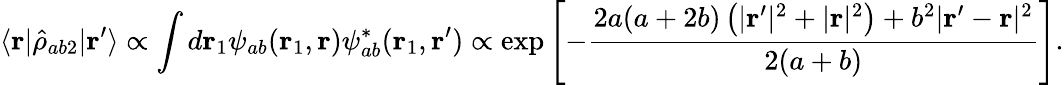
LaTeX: \langle\mathbf{r}|\hat{\rho}_{ab2}|\mathbf{r}^{\prime}\rangle\propto\int d\mathbf{r}_{1}\psi_{ab}(\mathbf{r}_{1},\mathbf{r})\psi_{ab}^{*}(\mathbf{r}_{1},\mathbf{r}^{\prime})\propto\exp\left[-\frac{2a(a+2b)\left(|\mathbf{r}^{\prime}|^{2}+|\mathbf{r}|^{2}\right)+b^{2}|\mathbf{r}^{\prime}-\mathbf{r}|^{2}}{2(a+b)}\right].